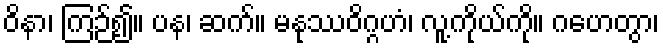
ဝိနာ၊ ကြဉ်၍။ ပန၊ ဆက်။ မနုဿဝိဂ္ဂဟံ၊ လူ့ကိုယ်ကို။ ဂဟေတွာ၊